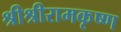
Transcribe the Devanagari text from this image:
श्रीश्रीरामकृष्ण